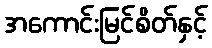
အကောင်းမြင်စိတ်နှင့်